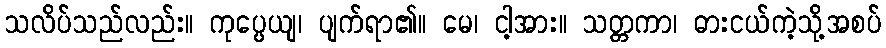
သလိပ်သည်လည်း။ ကုပ္ပေယျ၊ ပျက်ရာ၏။ မေ၊ ငါ့အား။ သတ္တကာ၊ ဓားငယ်ကဲ့သို့အစပ်